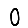
Digit: 0